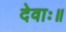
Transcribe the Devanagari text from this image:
देवाः॥